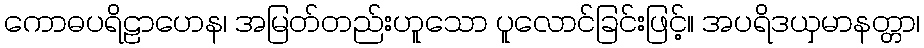
ကောဓပရိဠာဟေန၊ အမြတ်တည်းဟူသော ပူလောင်ခြင်းဖြင့်။ အပရိဒယှမာနတ္တာ၊